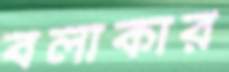
বলাকার